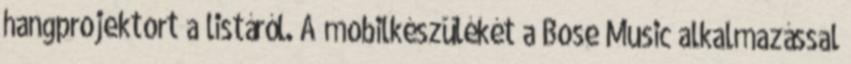
hangprojektort a listáról. A mobilkészülékét a Bose Music alkalmazással